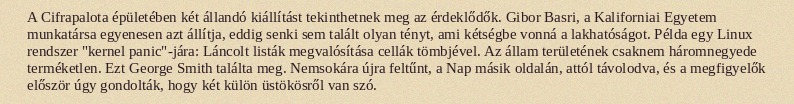
A Cifrapalota épületében két állandó kiállítást tekinthetnek meg az érdeklődők. Gibor Basri, a Kaliforniai Egyetem munkatársa egyenesen azt állítja, eddig senki sem talált olyan tényt, ami kétségbe vonná a lakhatóságot. Példa egy Linux rendszer "kernel panic"-jára: Láncolt listák megvalósítása cellák tömbjével. Az állam területének csaknem háromnegyede terméketlen. Ezt George Smith találta meg. Nemsokára újra feltűnt, a Nap másik oldalán, attól távolodva, és a megfigyelők először úgy gondolták, hogy két külön üstökösről van szó.